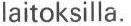
laitoksilla.